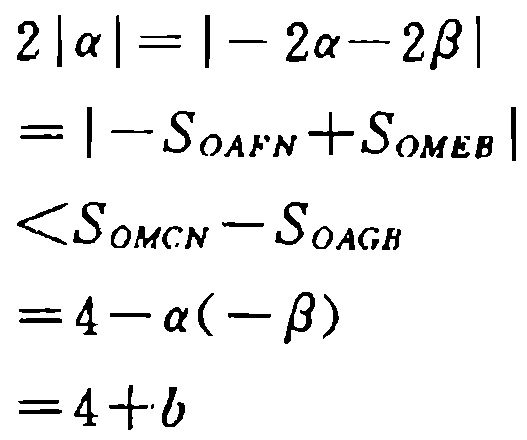
\[
\begin{align*}
2|\alpha|&= | - 2\alpha - 2\beta|\\
&=| - S_{OAFN}+S_{OMEB}|\\
&<S_{OMCN}-S_{OAGH}\\
&=4-\alpha(-\beta)\\
&=4 + b
\end{align*}
\]